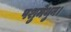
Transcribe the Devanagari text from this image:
पशुमैथुन।